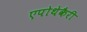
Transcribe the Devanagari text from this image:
एपोथेकैरी